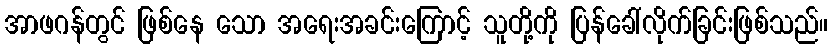
အာဖဂန်တွင် ဖြစ်နေ သော အရေးအခင်းကြောင့် သူတို့ကို ပြန်ခေါ်လိုက်ခြင်းဖြစ်သည်။